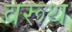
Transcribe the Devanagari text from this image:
वरूथ